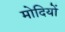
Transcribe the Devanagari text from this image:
मोदियों